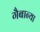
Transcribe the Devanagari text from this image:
गैबान्या